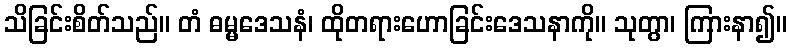
သိခြင်းစိတ်သည်။ တံ ဓမ္မဒေသနံ၊ ထိုတရားဟောခြင်းဒေသနာကို။ သုတွာ၊ ကြားနာ၍။